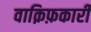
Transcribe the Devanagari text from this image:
वाक़िफ़कारी